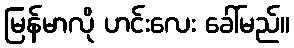
မြန်မာလို ဟင်းလေး ခေါ်မည်။